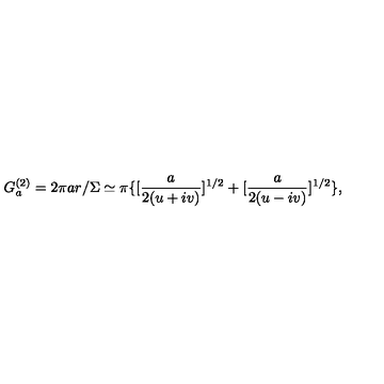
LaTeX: G _ { a } ^ { ( 2 ) } = 2 \pi a r / \Sigma \simeq \pi \{ [ \frac { a } { 2 ( u + i v ) } ] ^ { 1 / 2 } + [ \frac { a } { 2 ( u - i v ) } ] ^ { 1 / 2 } \} ,